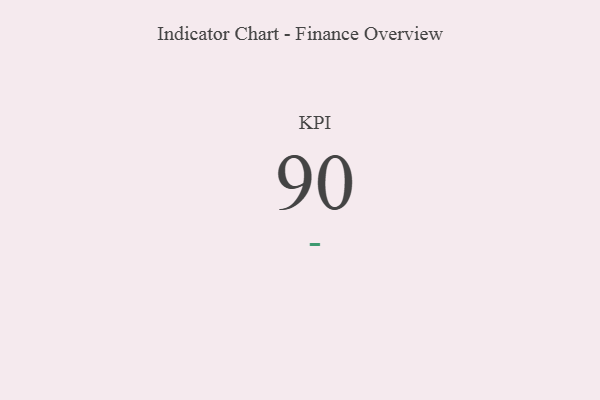
{"axis": {"x": "KPI", "y": "Value"}, "legend": [""], "data": [{"x": "KPI", "y": 90, "type": ""}]}